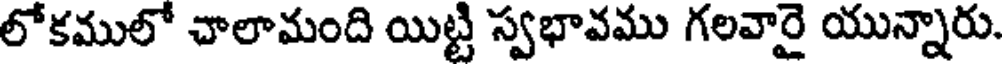
లోకములో చాలామంది యిట్టి స్వభావము గలవారై యున్నారు.